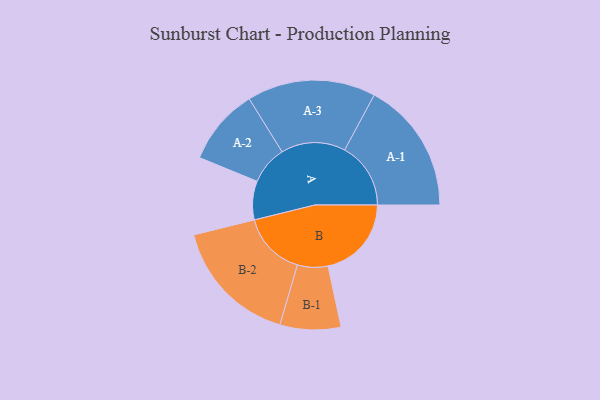
{"axis": {"x": "Segment", "y": "Value"}, "legend": ["", "A", "B"], "data": [{"x": "A", "y": 154, "type": ""}, {"x": "B", "y": 332, "type": ""}, {"x": "A-1", "y": 263, "type": "A"}, {"x": "A-2", "y": 153, "type": "A"}, {"x": "A-3", "y": 256, "type": "A"}, {"x": "B-1", "y": 121, "type": "B"}, {"x": "B-2", "y": 255, "type": "B"}]}